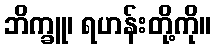
ဘိက္ခူ၊ ရဟန်းတို့ကို။